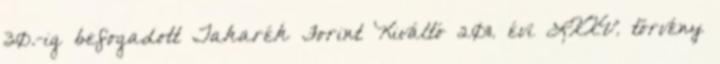
30.-ig befogadott Takarék Forint Kiváltó 2011. évi LXXV. törvény